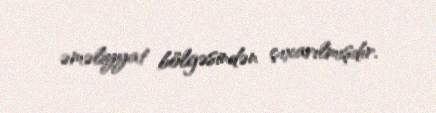
əməliyyat bölgəsindən çıxarılmışdır.